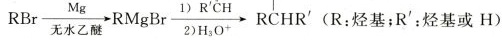
$$R B r \xrightarrow [ 无 水 乙 醚 ] { M g } R M g B r